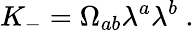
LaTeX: K_{-}=\Omega_{ab}\lambda^{a}\lambda^{b}\ .